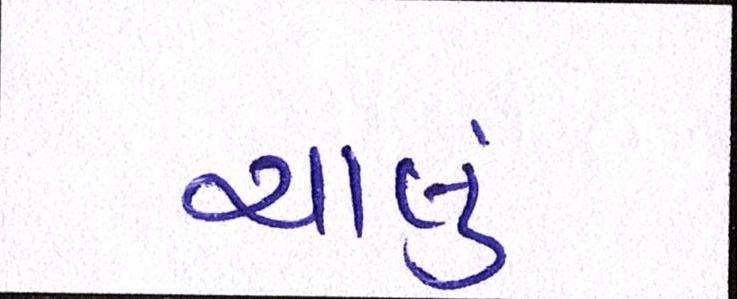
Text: ચાલું